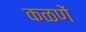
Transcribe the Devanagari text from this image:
कळणें